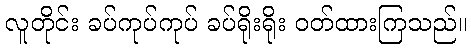
လူတိုင်း ခပ်ကုပ်ကုပ် ခပ်ရိုးရိုး ဝတ်ထားကြသည်။